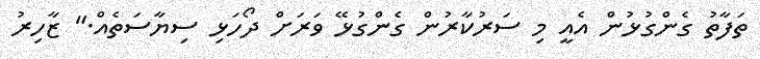
ތަފާތު ގެންގުޅުން އެއީ މި ސަރުކާރުން ގެންގުޅޭ ވަރަށް ދޯހަޅި ސިޔާސަތެއް." ޒާހިރު